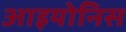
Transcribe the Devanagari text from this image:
आइयोनिस